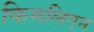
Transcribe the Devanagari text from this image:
किमलिएन